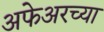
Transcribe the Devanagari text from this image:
अफेअरच्या